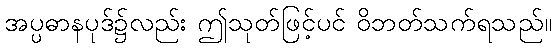
အပ္ပဓာနပုဒ်၌လည်း ဤသုတ်ဖြင့်ပင် ဝိဘတ်သက်ရသည်။